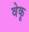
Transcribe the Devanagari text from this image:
वेकू